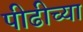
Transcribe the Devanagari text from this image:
पीढीच्या